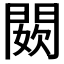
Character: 𨵇